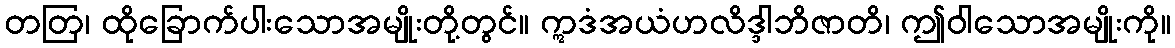
တတြ၊ ထိုခြောက်ပါးသောအမျိုးတို့တွင်။ ဣဒံအယံဟလိဒ္ဒါဘိဇာတိ၊ ဤဝါသောအမျိုးကို။